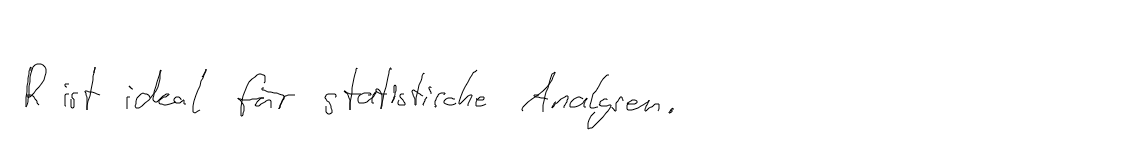
R ist ideal für statistische Analysen.